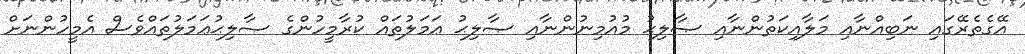
އޭގެތެރޭގައި ނަބިއްނާއި މަލާއިކަތުންނާއި ޞާލިޙު މުއުމިނުންނާއި ޞާލިޙު ޢަމަލުތައް ކުރާމީހުންގެ ޞާލިޙުޢަމަލުތައްވެސް އެމީހުންނަށް